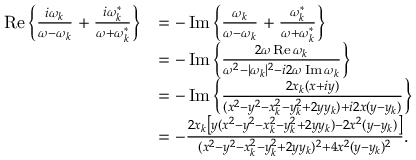
\begin{array} { r l } { \operatorname { R e } \left\{ \frac { i \omega _ { k } } { \omega - \omega _ { k } } + \frac { i \omega _ { k } ^ { * } } { \omega + \omega _ { k } ^ { * } } \right\} } & { = - \operatorname { I m } \left\{ \frac { \omega _ { k } } { \omega - \omega _ { k } } + \frac { \omega _ { k } ^ { * } } { \omega + \omega _ { k } ^ { * } } \right\} } \\ & { = - \operatorname { I m } \left\{ \frac { 2 \omega \operatorname { R e } \omega _ { k } } { \omega ^ { 2 } - | \omega _ { k } | ^ { 2 } - i 2 \omega \operatorname { I m } \omega _ { k } } \right\} } \\ & { = - \operatorname { I m } \left\{ \frac { 2 x _ { k } ( x + i y ) } { ( x ^ { 2 } - y ^ { 2 } - x _ { k } ^ { 2 } - y _ { k } ^ { 2 } + 2 y y _ { k } ) + i 2 x ( y - y _ { k } ) } \right\} } \\ & { = - \frac { 2 x _ { k } \left[ y ( x ^ { 2 } - y ^ { 2 } - x _ { k } ^ { 2 } - y _ { k } ^ { 2 } + 2 y y _ { k } ) - 2 x ^ { 2 } ( y - y _ { k } ) \right] } { ( x ^ { 2 } - y ^ { 2 } - x _ { k } ^ { 2 } - y _ { k } ^ { 2 } + 2 y y _ { k } ) ^ { 2 } + 4 x ^ { 2 } ( y - y _ { k } ) ^ { 2 } } . } \end{array}